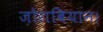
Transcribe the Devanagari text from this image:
ज़ोराबियान।